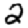
Digit: 2